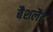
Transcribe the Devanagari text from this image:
बैशलैट